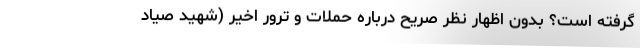
گرفته است؟ بدون اظهار نظر صریح درباره حملات و ترور اخیر (شهید صیاد